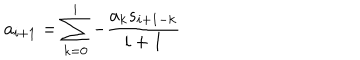
LaTeX: a _ { i + 1 } = \sum _ { k = 0 } ^ { i } { - \frac { a _ { k } s _ { i + 1 - k } } { i + 1 } }